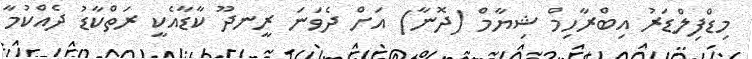
މިޑްފިލްޑަރު އިބްރާހިމް ޝިޔާމް (ދޮނާ) އަށް ދެވަނަ ރީނދޫ ކާޑާއެކީ ރަތްކާޑު ދެއްކުމާ